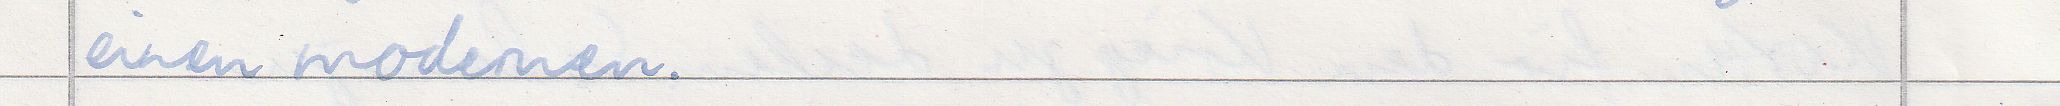
einen modernen.